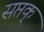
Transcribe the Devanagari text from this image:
सप्तक्